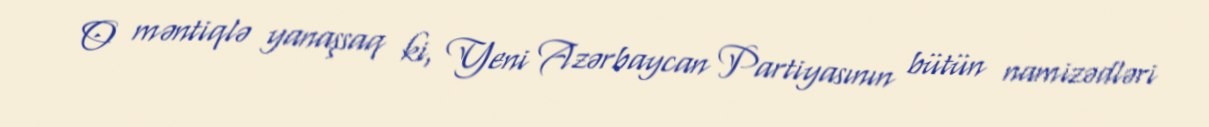
O məntiqlə yanaşsaq ki, Yeni Azərbaycan Partiyasının bütün namizədləri